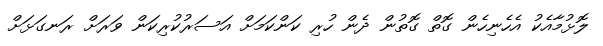
ލޮޅުމާއެކު އެހެނިހެން ގޮތް ގޮތުން ދެން ހުރި ކަންކަމަށް އަސަރުކުރިކަން ވަރަށް ރަނގަޅަށް